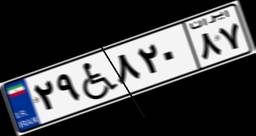
۷۴W۶۰۸۷۳